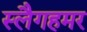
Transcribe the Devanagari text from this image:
स्लैगहमर